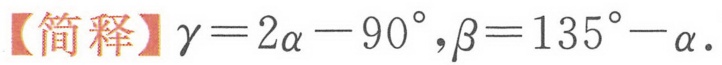
【简释】\(\gamma = 2\alpha - 90^{\circ}\),\(\beta = 135^{\circ}-\alpha\).